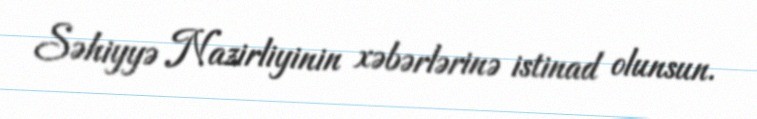
Səhiyyə Nazirliyinin xəbərlərinə istinad olunsun.